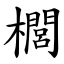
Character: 櫚